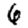
Digit: 6